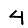
Digit: 4